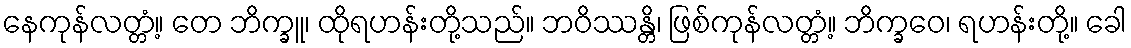
နေကုန်လတ္တံ့။ တေ ဘိက္ခူ၊ ထိုရဟန်းတို့သည်။ ဘဝိဿန္တိ၊ ဖြစ်ကုန်လတ္တံ့။ ဘိက္ခဝေ၊ ရဟန်းတို့။ ခေါ